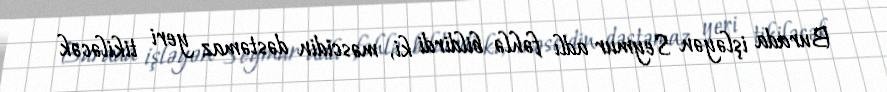
Burada işləyən Seymur adlı fəhlə bildirdi ki, məscidin dəstəmaz yeri tikiləcək